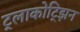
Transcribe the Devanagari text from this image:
ट्लाकोट्झिन